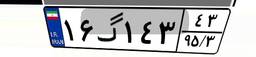
۱۶گ۱۴۳۴۳